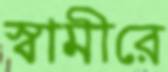
স্বামীরে